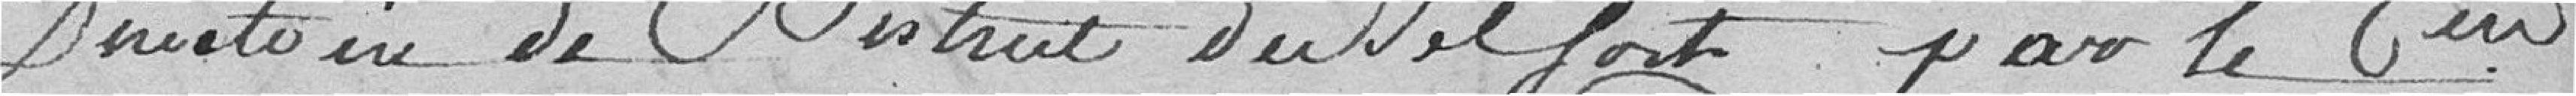
Direction de District de Belfort par le 6ème